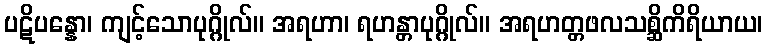
ပဋိပန္နော၊ ကျင့်သောပုဂ္ဂိုလ်။ အရဟာ၊ ရဟန္တာပုဂ္ဂိုလ်။ အရဟတ္တဖလသစ္ဆိကိရိယာယ၊